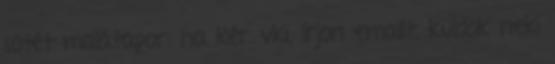
sötét malátapor: ha kér vki, írjon emailt, küldök neki